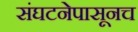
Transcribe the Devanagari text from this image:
संघटनेपासूनच